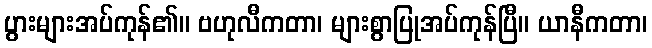
ပွားများအပ်ကုန်၏။ ဗဟုလီကတာ၊ များစွာပြုအပ်ကုန်ပြီ။ ယာနီကတာ၊